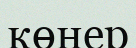
көнер